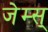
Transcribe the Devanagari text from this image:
जेम्स्